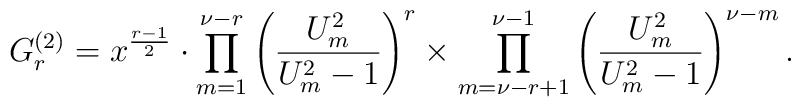
G_r^{(2)}=x^{\frac{r-1}{2}}\cdot\prod_{m=1}^{\nu-r} \left(\frac{U^2_m}{U_m^2-1} \right)^r\times\prod_{m=\nu-r+1}^{\nu-1}\left(\frac{U^2_m}{U_m^2-1}\right)^{\nu-m}.